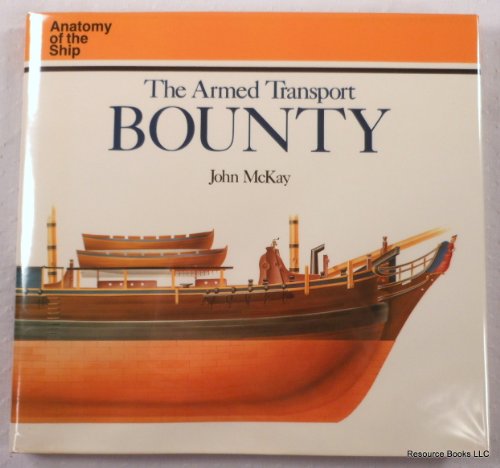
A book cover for The Armed Transport Bounty (Anatomy of the Ship); John McKay; Arts & Photography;